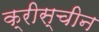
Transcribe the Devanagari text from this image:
क्रीस्चीन